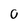
Character: 0